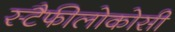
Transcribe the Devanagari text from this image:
स्टैफीलोकोसी